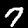
Label: 7